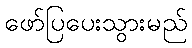
ဖော်ပြပေးသွားမည်